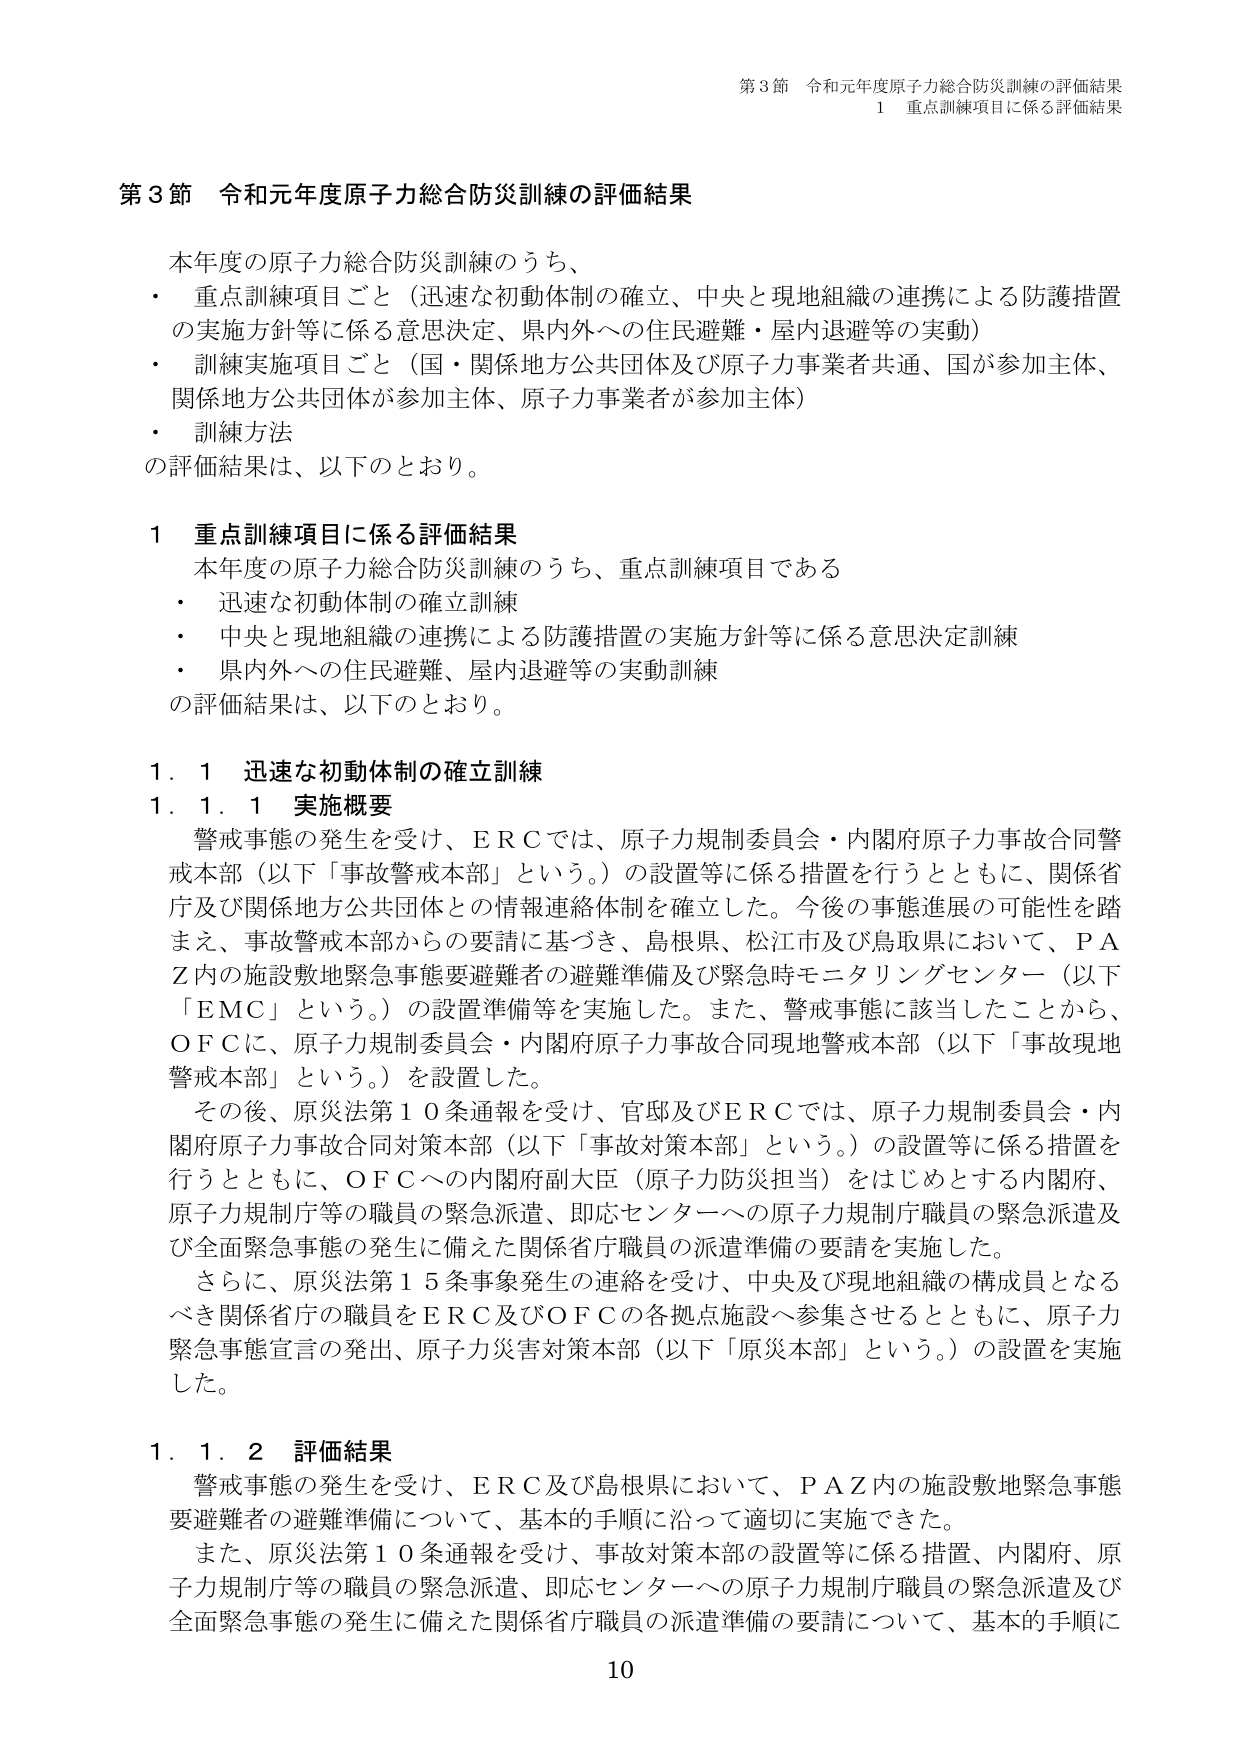
第3節 令和元年度原子力総合防災訓練の評価結果
1 重点訓練項目に係る評価結果

第3節 令和元年度原子力総合防災訓練の評価結果

本年度の原子力総合防災訓練のうち、
・ 重点訓練項目ごと（迅速な初動体制の確立、中央と現地組織の連携による防護措置の実施方針等に係る意思決定、県内外への住民避難・屋内退避等の実動）
・ 訓練実施項目ごと（国・関係地方公共団体及び原子力事業者共通、国が参加主体、関係地方公共団体が参加主体、原子力事業者が参加主体）
・ 訓練方法
の評価結果は、以下のとおり。

1 重点訓練項目に係る評価結果
本年度の原子力総合防災訓練のうち、重点訓練項目である
・ 迅速な初動体制の確立訓練
・ 中央と現地組織の連携による防護措置の実施方針等に係る意思決定訓練
・ 県内外への住民避難、屋内退避等の実動訓練
の評価結果は、以下のとおり。

1.1 迅速な初動体制の確立訓練
1.1.1 実施概要
警戒事態の発生を受け、ＥＲＣでは、原子力規制委員会・内閣府原子力事故合同警戒本部（以下「事故警戒本部」という。）の設置等に係る措置を行うとともに、関係省庁及び関係地方公共団体との情報連絡体制を確立した。今後の事態進展の可能性を踏まえ、事故警戒本部からの要請に基づき、島根県、松江市及び鳥取県において、ＰＡＺ内の施設敷地緊急事態要避難者の避難準備及び緊急時モニタリングセンター（以下「ＥＭＣ」という。）の設置準備等を実施した。また、警戒事態に該当したことから、ＯＦＣに、原子力規制委員会・内閣府原子力事故合同現地警戒本部（以下「事故現地警戒本部」という。）を設置した。
その後、原災法第10条通報を受け、官邸及びＥＲＣでは、原子力規制委員会・内閣府原子力事故合同対策本部（以下「事故対策本部」という。）の設置等に係る措置を行うとともに、ＯＦＣへの内閣府副大臣（原子力防災担当）をはじめとする内閣府、原子力規制庁等の職員の緊急派遣、即応センターへの原子力規制庁職員の緊急派遣及び全面緊急事態の発生に備えた関係省庁職員の派遣準備の要請を実施した。
さらに、原災法第15条事象発生の連絡を受け、中央及び現地組織の構成員となるべき関係省庁の職員をＥＲＣ及びＯＦＣの各拠点施設へ参集させるとともに、原子力緊急事態宣言の発出、原子力災害対策本部（以下「原災本部」という。）の設置を実施した。

1.1.2 評価結果
警戒事態の発生を受け、ＥＲＣ及び島根県において、ＰＡＺ内の施設敷地緊急事態要避難者の避難準備について、基本的手順に沿って適切に実施できた。
また、原災法第10条通報を受け、事故対策本部の設置等に係る措置、内閣府、原子力規制庁等の職員の緊急派遣、即応センターへの原子力規制庁職員の緊急派遣及び全面緊急事態の発生に備えた関係省庁職員の派遣準備の要請について、基本的手順に

10